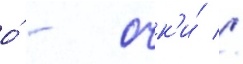
о́ - очк'и́ //